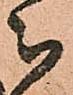
被